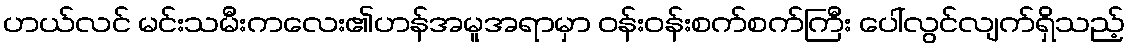
ဟယ်လင် မင်းသမီးကလေး၏ဟန်အမူအရာမှာ ဝန်းဝန်းစက်စက်ကြီး ပေါ်လွင်လျက်ရှိသည့်